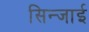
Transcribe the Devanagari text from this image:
सिन्जाई